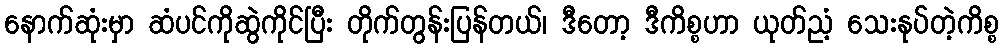
နောက်ဆုံးမှာ ဆံပင်ကိုဆွဲကိုင်ပြီး တိုက်တွန်းပြန်တယ်၊ ဒီတော့ ဒီကိစ္စဟာ ယုတ်ညံ့ သေးနုပ်တဲ့ကိစ္စ